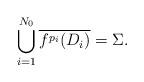
LaTeX: \begin{align*}\bigcup_{i=1}^{N_0} \overline{f^{p_i}(D_i)}= \Sigma.\end{align*}